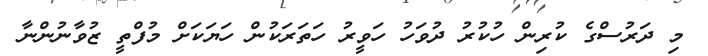
މި ދަރުސްގެ ކުރިން ހުކުރު ދުވަހު ހަވީރު ހަތަރަކުން ހަޔަކަށް މުފްތީ ޒުވާނުންނާ